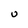
Character: U